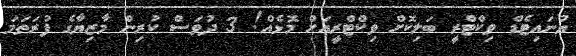
ޔުނައިޓެޑް ވިކްޓްރީ ބަލިކޮށް ވިކްޓްރީއަށް މޮޅެއް! 3 ދުވަސް ކުރިން މާޒިޔާގެ ފުރަތަމަ